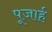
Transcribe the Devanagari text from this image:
पूजार्ह